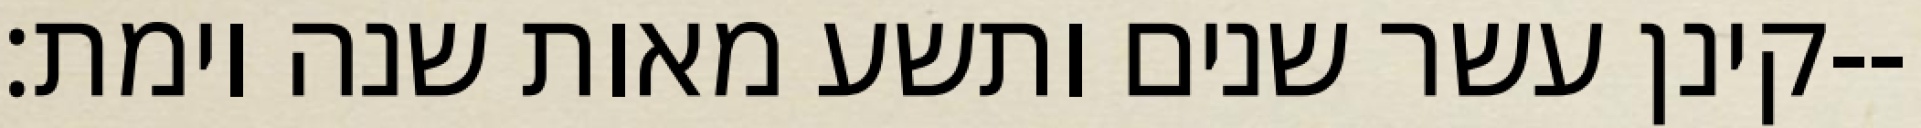
קינן עשר שנים ותשע מאות שנה וימת׃--